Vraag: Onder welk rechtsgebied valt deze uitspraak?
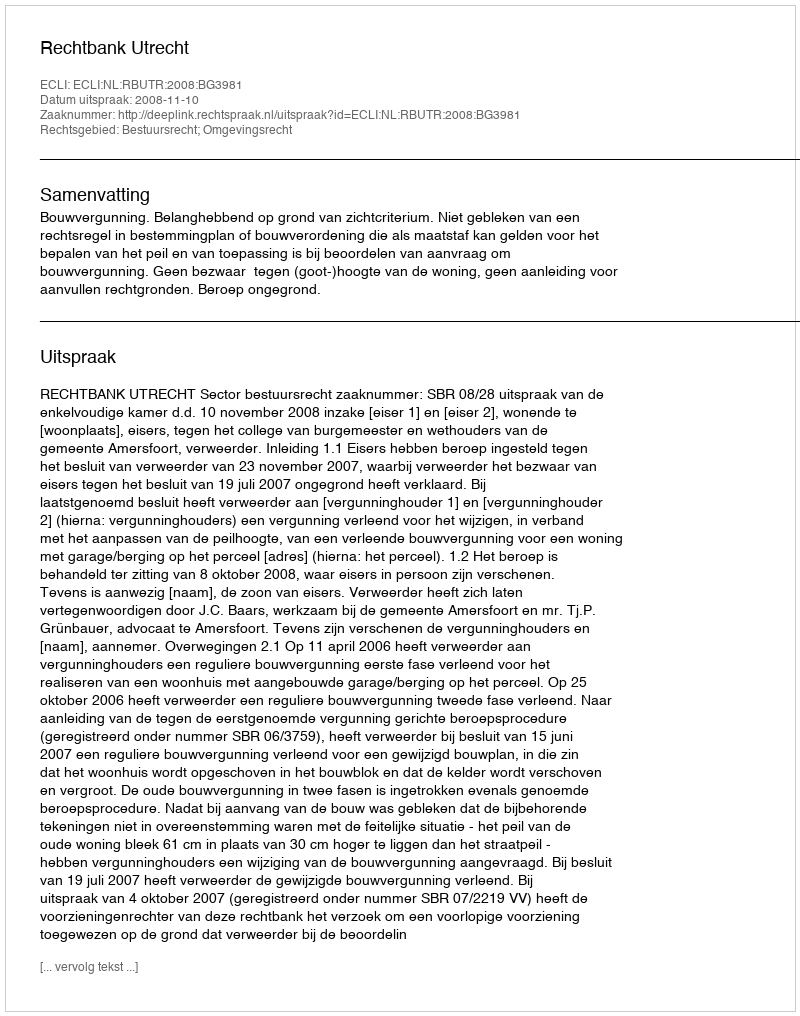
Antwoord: Bestuursrecht; Omgevingsrecht